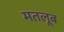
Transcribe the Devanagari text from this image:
मतलूब